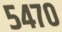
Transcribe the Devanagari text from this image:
५४७०